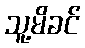
သူ့မိခင်